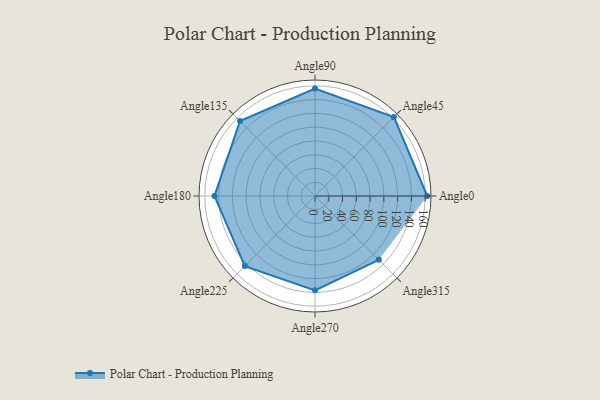
{"axis": {"x": "Angle", "y": "Radius"}, "legend": [""], "data": [{"x": "Angle0", "y": 163.0, "type": ""}, {"x": "Angle45", "y": 162.0, "type": ""}, {"x": "Angle90", "y": 156.0, "type": ""}, {"x": "Angle135", "y": 154.0, "type": ""}, {"x": "Angle180", "y": 146.0, "type": ""}, {"x": "Angle225", "y": 144.0, "type": ""}, {"x": "Angle270", "y": 137.0, "type": ""}, {"x": "Angle315", "y": 131.0, "type": ""}]}